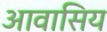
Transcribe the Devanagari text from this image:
आवासिय